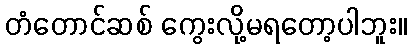
တံတောင်ဆစ် ကွေးလို့မရတော့ပါဘူး။